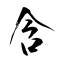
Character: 含